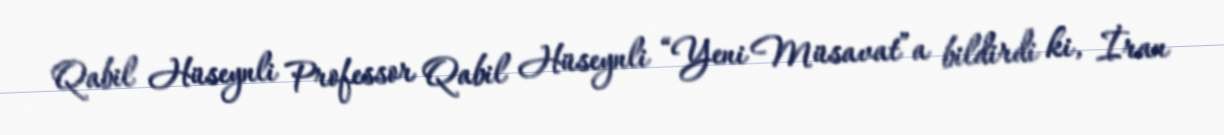
Qabil Hüseynli Professor Qabil Hüseynli “Yeni Müsavat”a bildirdi ki, İran